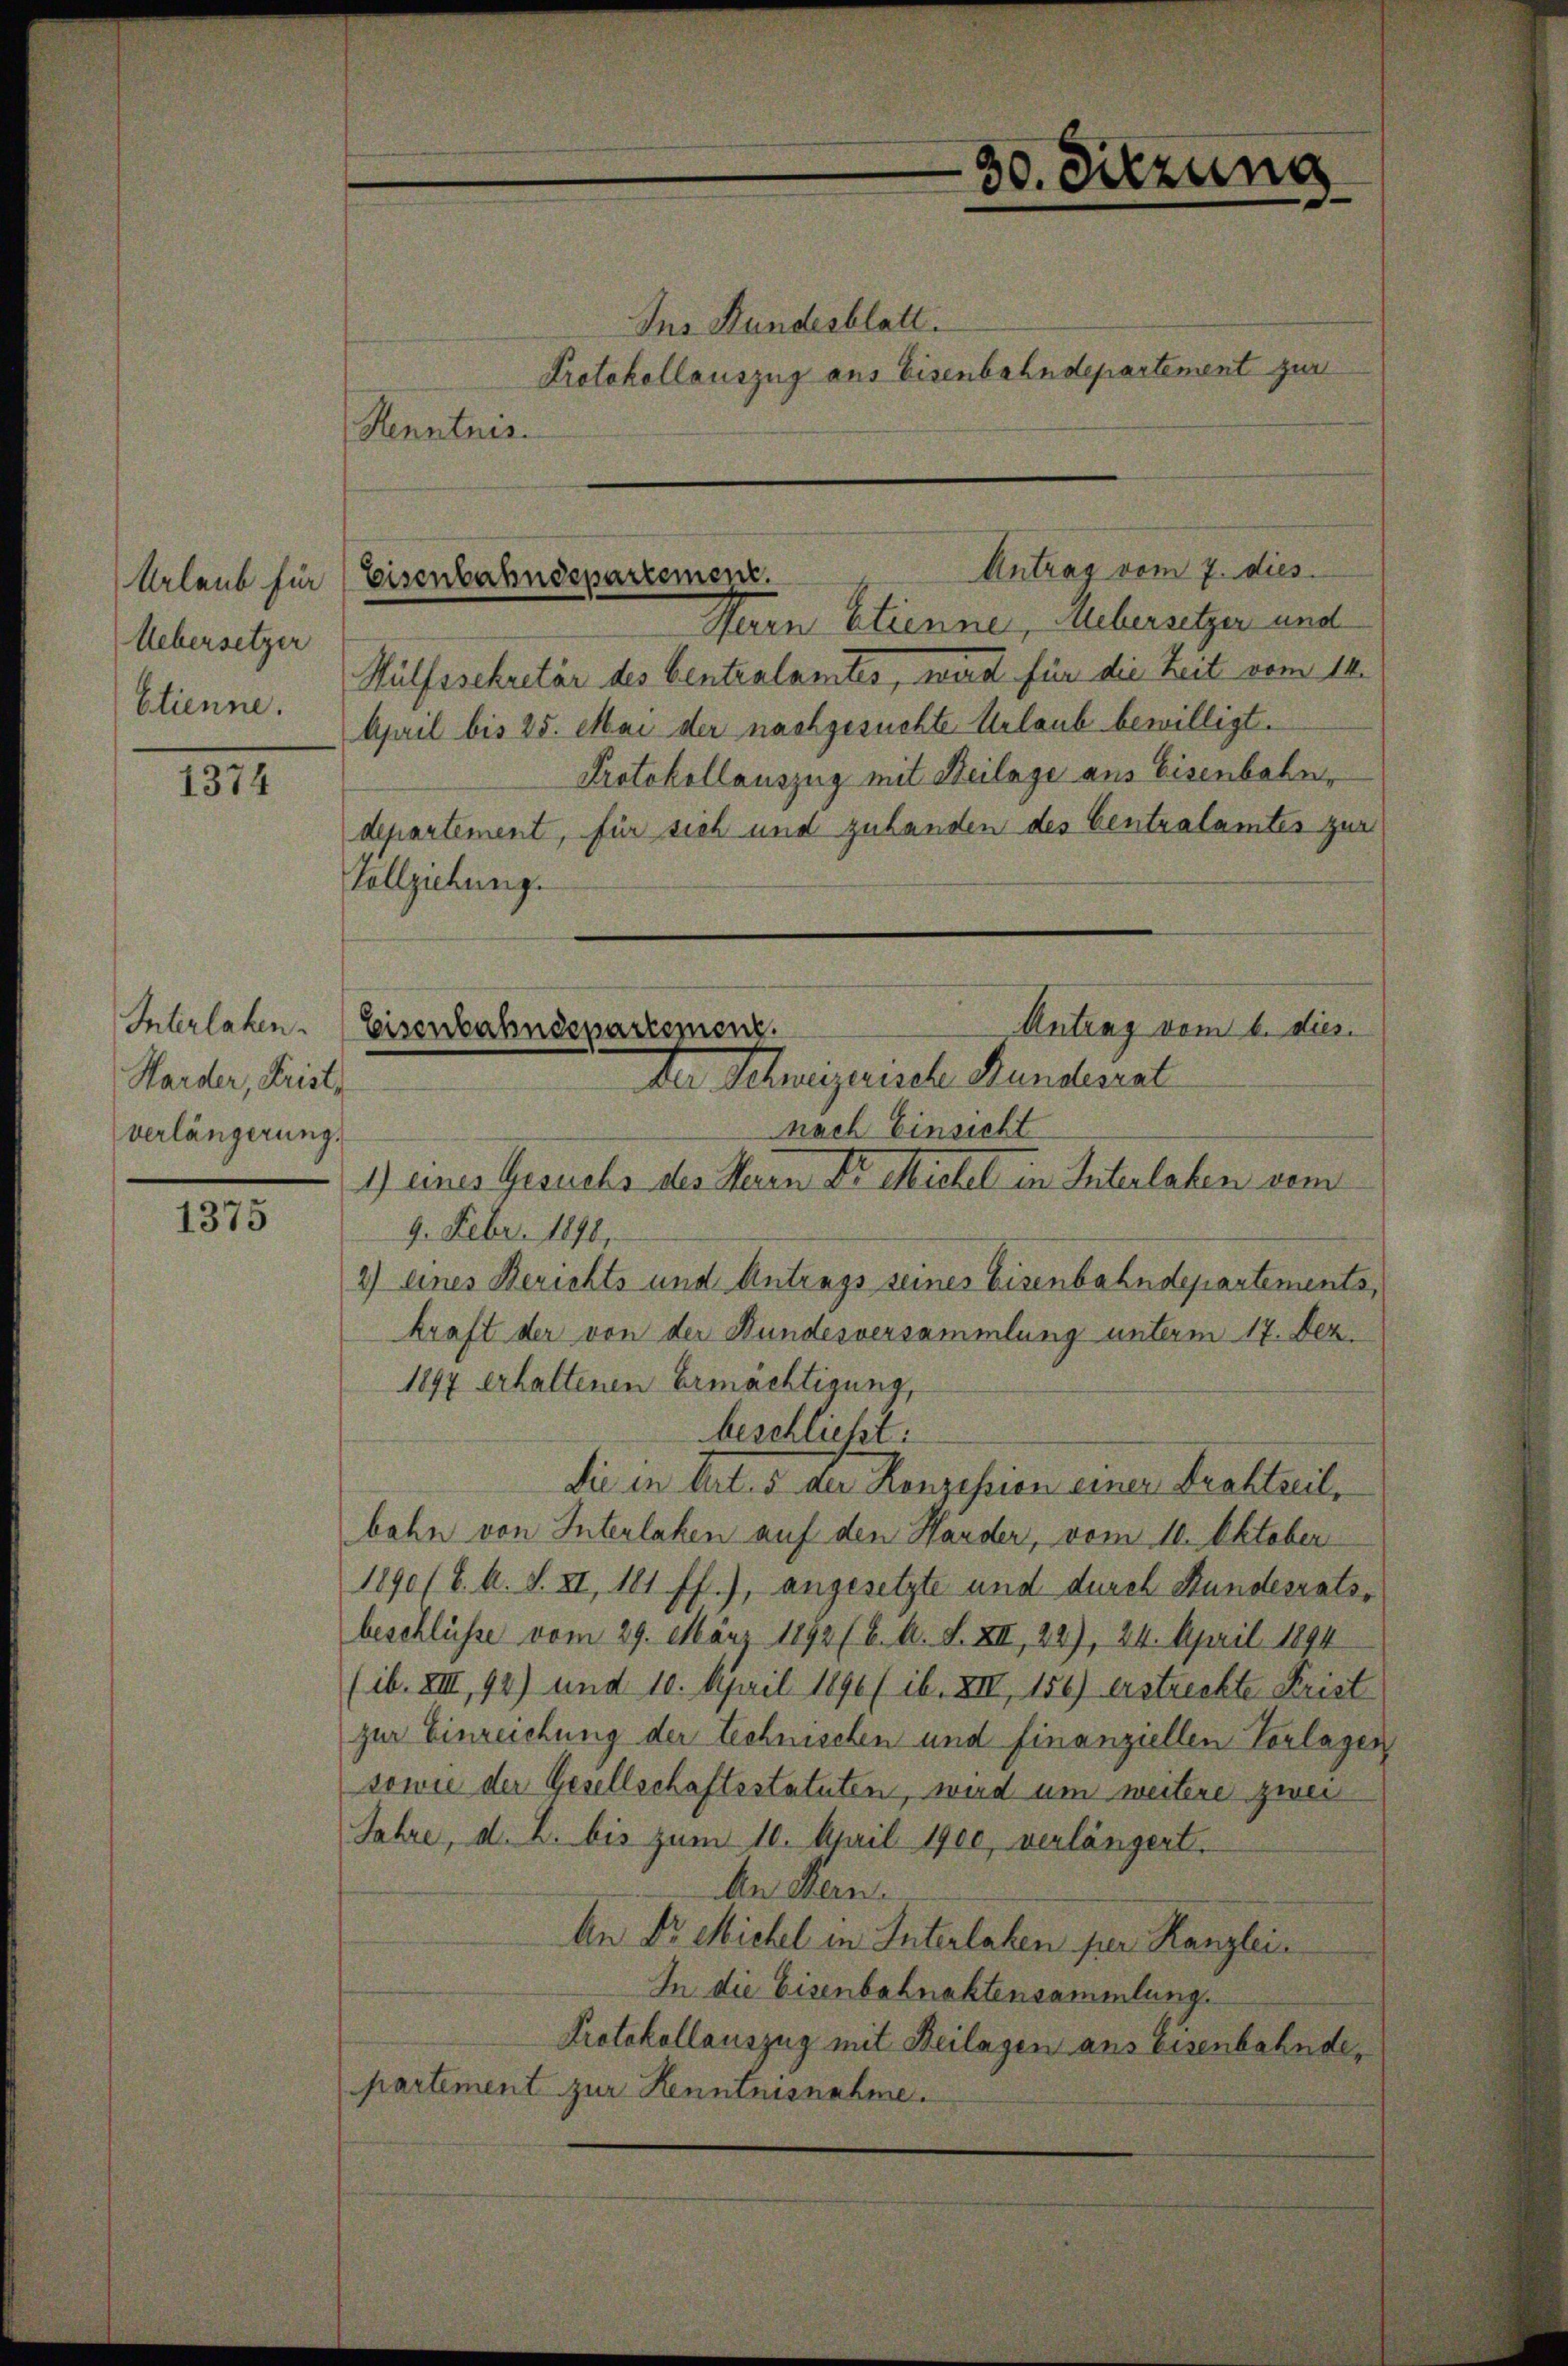
Urlaub für
Uebersetzer
Etienne.

1374

Interlaken.
Harder, Frist,
verlängerung.

1375

Ins Bundesblatt.
Protokollauszug aus Eisenbahndepartement zur
Henntnis.

Marn Etienne, Uebersetzer und
Wülfssekretär des Centralamtes, wird für die Zeit vom 14.
April bis 25. Mai der nachgesuchte Urlaub bewilligt.
Protokollauszug mit Beilage aus Eisenbahn,
departement, für sich und zuhanden des Centralamtes zur
Vollziehung.
nach Einsicht
1) eines Gesuchs des Herrn Dr. Michel in Interlaken dem
9. Febr. 1890
2) eines Berichts und Antrags seines Eisenbahndepartements,
kraft der von der Bundesversammlung unterm 17. Dez.
1897 erhaltenen Ermächtigung,
beschließt:
Sie in Art. 5 der Konzession einer Prakteril,
bahn von Interlaken auf den Hander, vom 11. Oktober
1890 (8. b. S. XI, 181 ff.), angesetzte und durch Stundesratsbeschlüsse vom 29. März 1892 (6. A. S. XII, 22), 24. April 1894
(ib. XIII, 94) und 10. April 1890 (ib. XIII 156) erstreckte Frist
zur Einreichung der technischen und finanziellen Vorlagen
sowie der Gesellschaftsstatuten, wird um weitere zwei
Jahre, d. 2. bis zum 10. April 1900, verlängert,
An Hern.
An Dr. Michel in Interlaben per Kanzlei-
In die Eisenbahnaktensammlung.
Protokollauszug mit Beilagen aus Eisenbahnde,
partement zur Kenntnisnahme.

30. Sitzung

Antrag vom 7. dies
Eisenbahndepartement.

Antrag vom 6. dies
Eisenbahndepartement.
Da Schweizerische Handerat